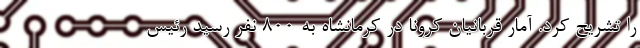
را تشریح کرد. آمار قربانیان کرونا در کرمانشاه به ۸۰۰ نفر رسید رئیس